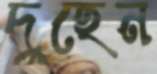
দুহেন